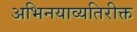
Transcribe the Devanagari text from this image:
अभिनयाव्यतिरीक्त